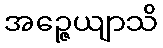
အဉ္ဇေယျာသိ